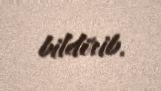
bildirib.